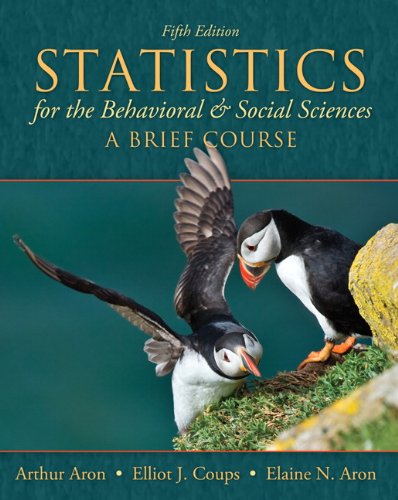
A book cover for Statistics for The Behavioral and Social Sciences: A Brief Course (5th Edition); Arthur Aron Ph.D.; Science & Math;